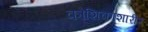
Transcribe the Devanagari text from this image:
कोशिकाशारीर